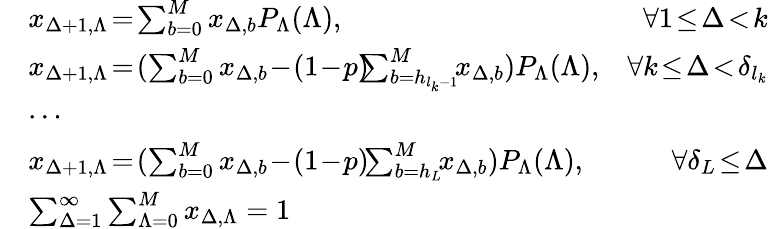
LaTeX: \begin{array}{rlr}{\! \! }&{x_{\Delta+1,\Lambda}\! =\! \sum_{b=0}^{M}x_{\Delta,b}P_{\Lambda}(\Lambda),}&{\forall 1\! \leq\! \Delta\! <\! k}\\ {\! \! }&{x_{\Delta+1,\Lambda}\! =\! (\sum_{b=0}^{M}x_{\Delta,b}\! -\! (1\! -\! p)\! \! \! \sum_{b=h_{{l_{k}}-1}}^{M}\! \! x_{\Delta,b})P_{\Lambda}(\Lambda),}&{\forall k\! \leq\! \Delta\! <\! \delta_{l_{k}}}\\ {\! \! }&{\cdots}\\ {\! \! }&{x_{\Delta+1,\Lambda}\! =\! (\sum_{b=0}^{M}x_{\Delta,b}\! -\! (1\! -\! p)\! \! \sum_{b=h_{L}}^{M}\! \! x_{\Delta,b})P_{\Lambda}(\Lambda),}&{\forall\delta_{L}\! \leq\! \Delta}\\ {\! \! }&{\sum_{\Delta=1}^{\infty}\sum_{\Lambda=0}^{M}x_{\Delta,\Lambda}=1}&\end{array}